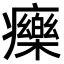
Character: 𤻲